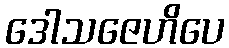
ဒေါသဇေဟိပေ